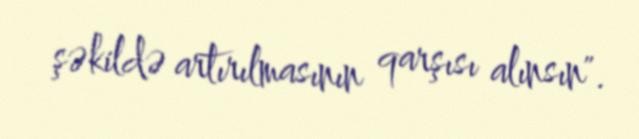
şəkildə artırılmasının qarşısı alınsın".